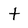
Character: t